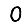
Digit: 0